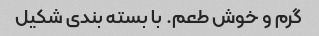
گرم و خوش طعم. با بسته بندی شکیل